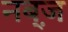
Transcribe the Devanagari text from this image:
नब़्ज